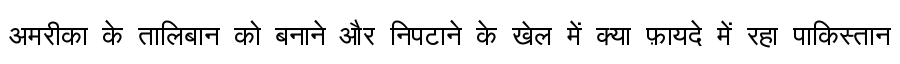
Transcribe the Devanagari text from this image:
अमरीका के तालिबान को बनाने और निपटाने के खेल में क्या फ़ायदे में रहा पाकिस्तान